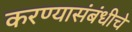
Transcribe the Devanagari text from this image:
करण्यासंबंधीचे